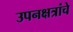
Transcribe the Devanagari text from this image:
उपनक्षत्रांचे